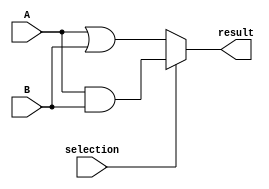
module and_or(input wire [7:0] A, B, input wire selection, output wire [7:0] result);

	assign result = (selection == 1)? A & B : A | B;
	
endmodule